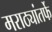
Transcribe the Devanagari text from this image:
मराठ्यांतर्फे